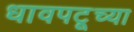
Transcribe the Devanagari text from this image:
धावपटूच्या